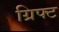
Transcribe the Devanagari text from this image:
ग्रिफ्ट